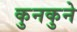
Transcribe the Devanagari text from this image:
कुनकुने